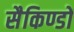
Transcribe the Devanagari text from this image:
सैकिण्डों